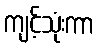
ကျင့်သုံးကာ